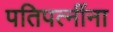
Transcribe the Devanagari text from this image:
पतिपत्‍नींना